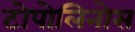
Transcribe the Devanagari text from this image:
टोपोलिनोस